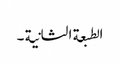
الطبعة الثانیة ۔